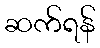
ဆက်ရန်